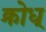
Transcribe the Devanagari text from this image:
क्रोध्